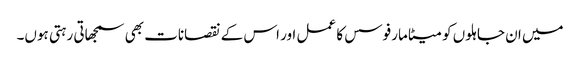
میں ان جاہلوں کو میٹامارفوسس کا عمل اور اس کے نقصانات بھی سمجھاتی رہتی ہوں۔